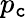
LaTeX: p_{\mathtt{c}}